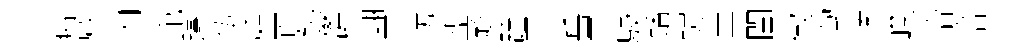
瘠感内宛躊伍庭頁錫欝翮軍坊盌趑踵干岳平駸蟠螘圭閨俶濁賅嶸洽培